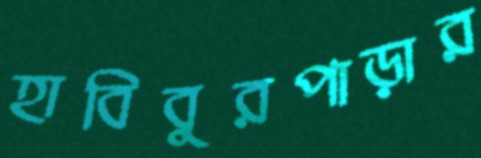
হাবিবুরপাড়ার